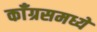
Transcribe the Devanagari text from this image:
काँग्रसमध्ये